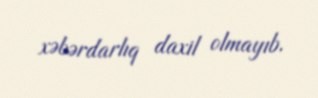
xəbərdarlıq daxil olmayıb.